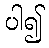
ပါ၍